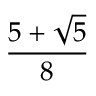
\frac { 5 + { \sqrt { 5 } } } { 8 }